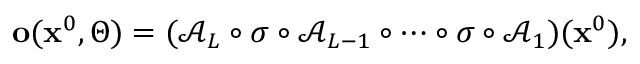
\begin{array} { r } { \mathbf { o } ( \mathbf { x } ^ { 0 } , \boldsymbol { \Theta } ) = ( \mathcal { A } _ { L } \circ \sigma \circ \mathcal { A } _ { L - 1 } \circ \cdots \circ \sigma \circ \mathcal { A } _ { 1 } ) ( \mathbf { x } ^ { 0 } ) , } \end{array}